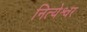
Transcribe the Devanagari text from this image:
नित्येश्वर